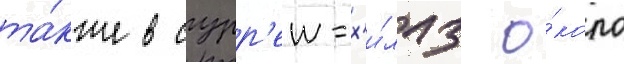
та́кже в сурр'еи-х'и́ллз о́коло